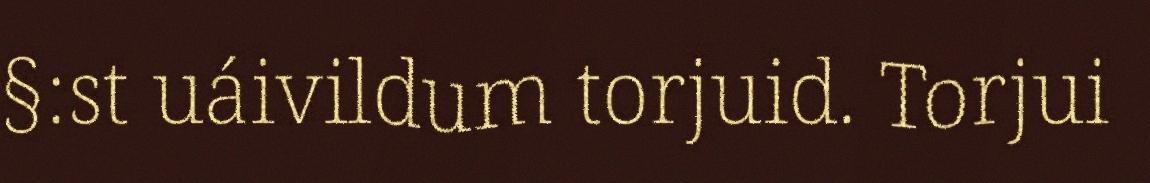
§:st uáivildum torjuid. Torjui